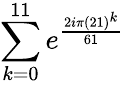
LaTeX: \sum_{k=0}^{11}e^{\frac{2i\pi(21)^{k}}{61}}